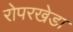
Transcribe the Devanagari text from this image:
रोपरखेडा